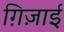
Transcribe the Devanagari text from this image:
ग़िज़ाई